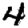
Digit: 4